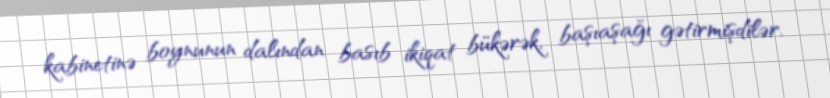
kabinetinə boynunun dalından basıb ikiqat bükərək, başıaşağı gətirmişdilər.